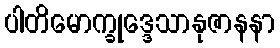
ပါတိမောက္ခုဒ္ဒေသာနုဇာနနာ